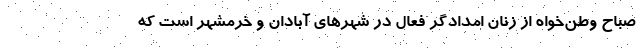
صباح وطن‌خواه از زنان امدادگر فعال در شهرهای آبادان و خرمشهر است که